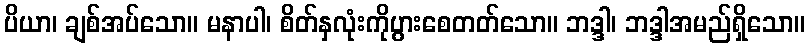
ပိယာ၊ ချစ်အပ်သော။ မနာပါ၊ စိတ်နှလုံးကိုပွားစေတတ်သော။ ဘဒ္ဒါ၊ ဘဒ္ဒါအမည်ရှိသော။